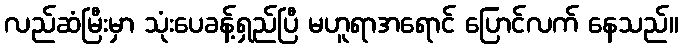
လည်ဆံမြီးမှာ သုံးပေခန့်ရှည်ပြီ မဟူရာအရောင် ပြောင်လက် နေသည်။